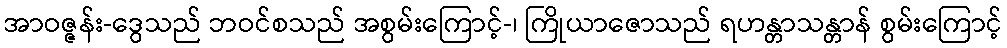
အာဝဇ္ဇန်း-ဒွေသည် ဘဝင်စသည် အစွမ်းကြောင့်-၊ ကြိုယာဇောသည် ရဟန္တာသန္တာန် စွမ်းကြောင့်